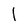
Character: I